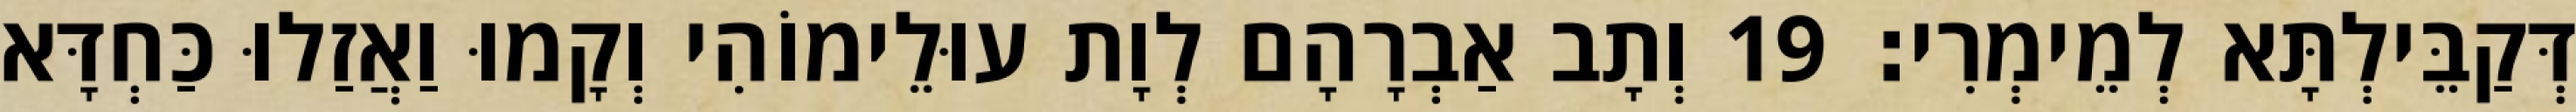
דְּקַבֵּילְתָּא לְמֵימְרִי׃ 19 וְתָב אַבְרָהָם לְוָת עוּלֵימוֹהִי וְקָמוּ וַאֲזַלוּ כַּחְדָּא